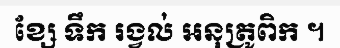
ខ្សែ ទឹក រង្វល់ អនុត្រូពិក ។